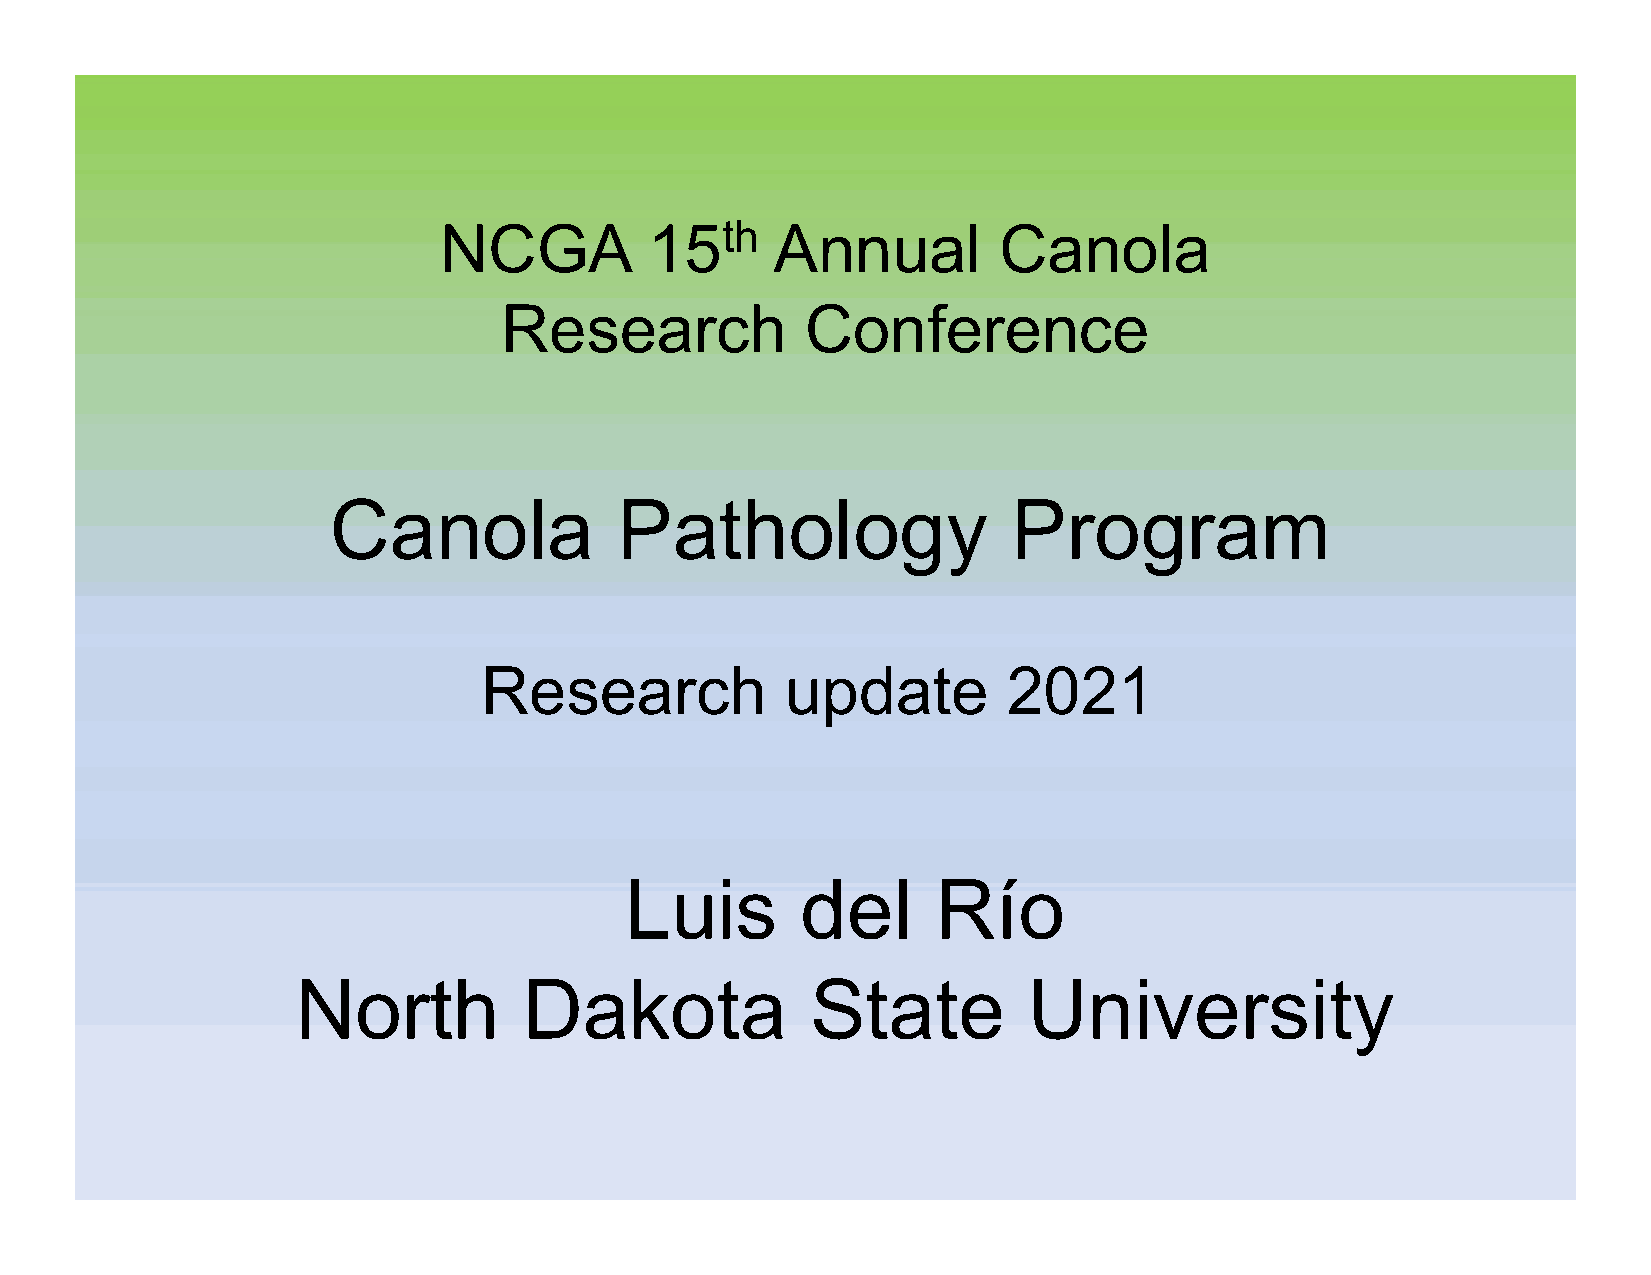
NCGA          15th    Annual         Canola
 Research            Conference
 Canola             Pathology                 Program
 Research            update         2021
 Luis        del      Río
 North          Dakota             State         University